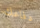
دفاعك